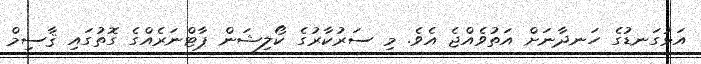
އަޅުގަނޑުގެ ހަނދާނަށް އަތުވެއްޖެ އެވެ. މި ސަރުކާރުގެ ކޯލިޝަން ޕާޓްނަރެއްގެ ގޮތުގައި ޤާސިމް